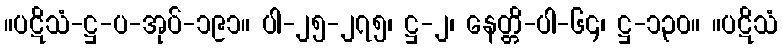
။ပဋိသံ-ဋ္ဌ-ပ-အုပ်-၁၉၁။ ပါ-၂၅-၂၇၅၊ ဋ္ဌ-၂၊ နေတ္တိ-ပါ-၆၄၊ ဋ္ဌ-၁၃၀။ ။ပဋိသံ